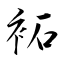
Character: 袥